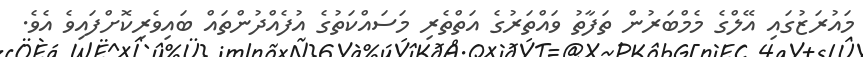
މައުރަޒުގައި އޭލްގެ މެމްބަރުން ތަފާތު ވައްތަރުގެ އަތްތެރި މަސައްކަތުގެ އުފެއްދުންތައް ބައިވެރިކޮށްފައިވެ އެވެ.